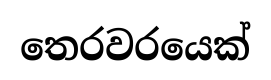
තෙරවරයෙක්